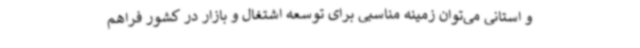
و استانی می‌توان زمینه مناسبی برای توسعه اشتغال و بازار در کشور فراهم